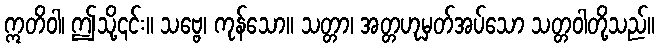
ဣတိဝါ၊ ဤသို့၎င်း။ သဗ္ဗေ၊ ကုန်သော။ သတ္တာ၊ အတ္တဟုမှတ်အပ်သော သတ္တဝါတို့သည်။